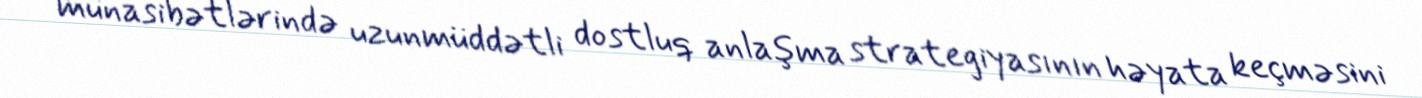
münasibətlərində uzunmüddətli dostluq anlaşma strategiyasının həyata keçməsini